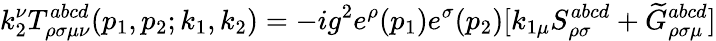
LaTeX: k_{2}^{\nu}T_{\rho\sigma\mu\nu}^{abcd}(p_{1},p_{2};k_{1},k_{2})=-ig^{2}e^{\rho}(p_{1})e^{\sigma}(p_{2})[k_{1\mu}S_{\rho\sigma}^{abcd}+\widetilde{G}_{\rho\sigma\mu}^{abcd}]